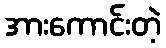
အားကောင်းတဲ့